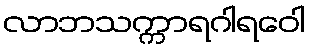
လာဘသက္ကာရဂါရဝေါ